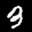
Label: 3